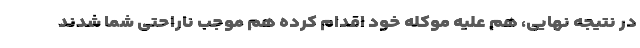
در نتیجه نهایی، هم علیه موکله خود اقدام کرده هم موجب ناراحتی شما شدند